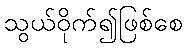
သွယ်ဝိုက်၍ဖြစ်စေ